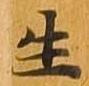
生